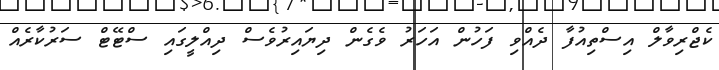
ކެޖްރިވާލް އިސްތިއުފާ ދެއްވި ފަހުން އަހަރު ވެގެން ދިޔައިރުވެސް ދިއްލީގައި ސްޓޭޓް ސަރުކާރެއް